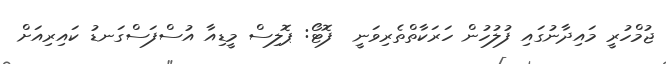
ޖުމްހުރީ މައިދާނުގައި ފުލުހުން ހަރަކާތްތެރިވަނީ  ފޮޓޯ: ޕޮލިސް މީޑިއާ އުސްފަސްގަނޑު ކައިރިއަށް